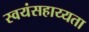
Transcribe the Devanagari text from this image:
स्वयंसहाय्यता